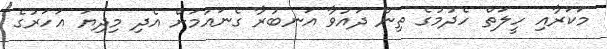
މަކަރާއި ހީލަތް ހެދުމުގެ ތިން ދައުވާ އަނބުރާ ގެނައުމަށް އެދި މިދިޔަ އަހަރުގެ